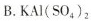
B.KAI(SO_{4})_{2}